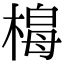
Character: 𭫟